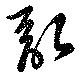
乱